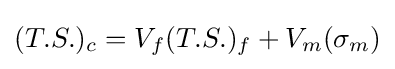
(T.S.)_{c}=V_{f}(T.S.)_{f}+V_{m}(\sigma _{m})